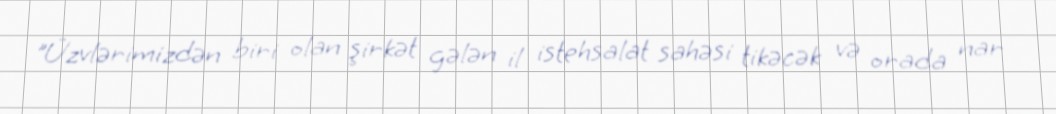
"Üzvlərimizdən biri olan şirkət gələn il istehsalat sahəsi tikəcək və orada nar